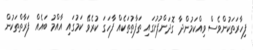
ފިހާރަތަކުންވެސް ވިއްކަމުންދާ ގޮދަންފުށުގައި ތަފާތުތަކެއް ފާހަގަ ކުރެވޭ ކަމުގައި އާއްމު ބައެއް ފަރާތްތަކުން